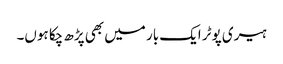
ہیری پوٹر ایک بار میں بھی پڑھ چکا ہوں۔